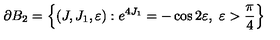
\partial B _ { 2 } = \left\{ ( J , J _ { 1 } , \varepsilon ) : e ^ { 4 J _ { 1 } } = - \cos 2 \varepsilon , \ \varepsilon > \frac { \pi } { 4 } \right\}